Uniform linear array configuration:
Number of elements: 32
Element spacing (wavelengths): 0.5
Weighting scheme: exponential
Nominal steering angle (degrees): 45
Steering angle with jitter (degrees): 44.967
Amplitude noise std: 0.05
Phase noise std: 0.05

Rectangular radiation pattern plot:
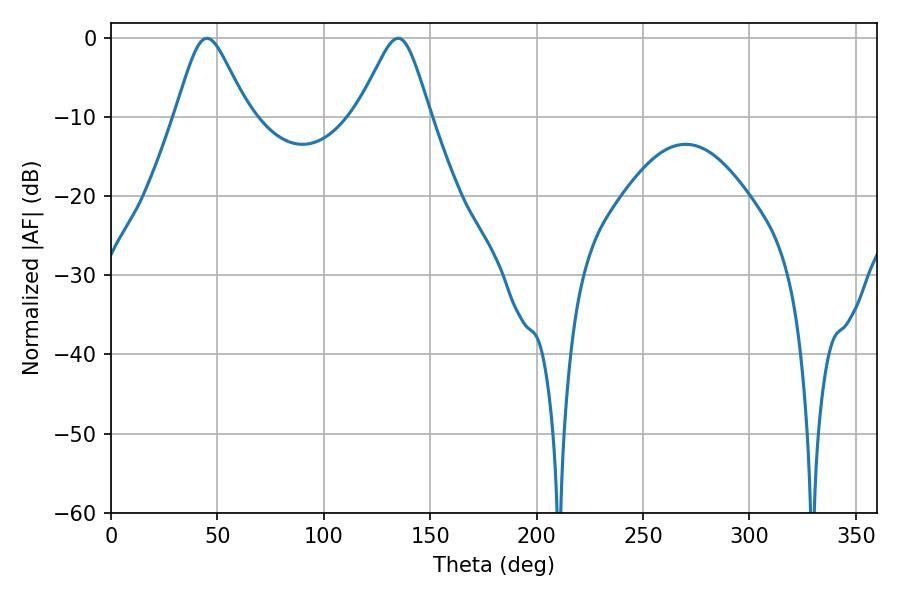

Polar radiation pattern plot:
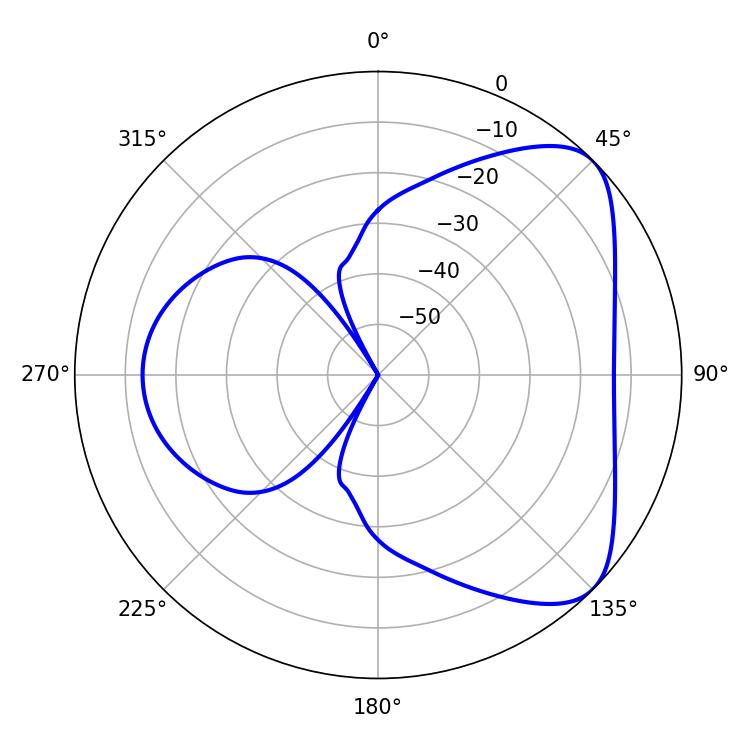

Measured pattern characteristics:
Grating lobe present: FALSE
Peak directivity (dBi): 6.03
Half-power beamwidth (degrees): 16.56
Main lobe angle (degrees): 45